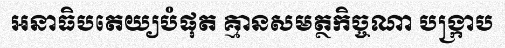
អនាធិបតេយ្យបំផុត គ្មានសមត្ថកិច្ចណា បង្ក្រាប